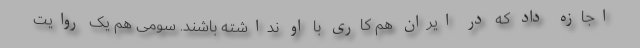
اجازه داد که در ایران هم کاری با او نداشته باشند. سومی هم یک روایت